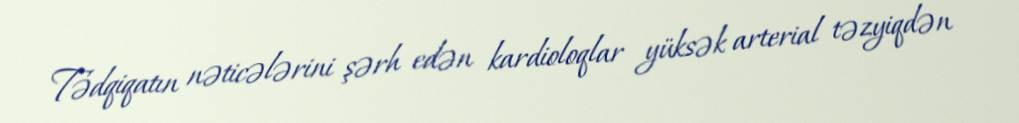
Tədqiqatın nəticələrini şərh edən kardioloqlar yüksək arterial təzyiqdən